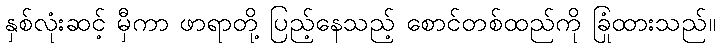
နှစ်လုံးဆင့် မှီကာ ဖာရာတို့ ပြည့်နေသည့် စောင်တစ်ထည်ကို ခြုံထားသည်။